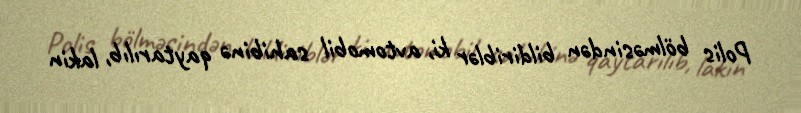
Polis bölməsindən bildiriblər ki, avtomobil sahibinə qaytarılıb, lakin